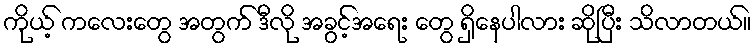
ကိုယ့် ကလေးတွေ အတွက် ဒီလို အခွင့်အရေး တွေ ရှိနေပါလား ဆိုပြီး သိလာတယ်။